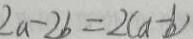
2 a - 2 b = 2 ( a - b )